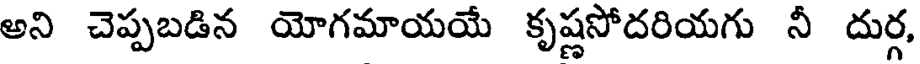
అని చెప్పబడిన యోగమాయయే కృష్ణసోదరియగు నీ దుర్గ,